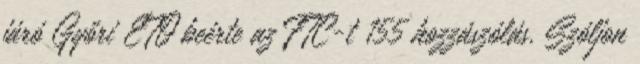
járó Győri ETO beérte az FTC-t 155 hozzászólás. Szóljon